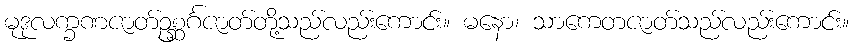
မုဒုလက္ခဏဇာတ်ဥစ္ဆင်္ဂဇာတ်တို့သည်လည်းကောင်း။ မနော၊ သာကေတဇာတ်သည်လည်းကောင်း။